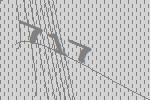
717